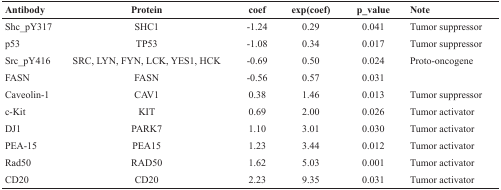
| Antibody | Protein | coef | exp(coef) | p_value | Note |
 | --- | --- | --- | --- | --- | --- |
 | Shc_pY317 | SHC1 | -1.24 | 0.29 | 0.041 | Tumor suppressor |
 | p53 | TP53 | -1.08 | 0.34 | 0.017 | Tumor suppressor |
 | Src_pY416 | SRC, LYN, FYN, LCK, YES1, HCK | -0.69 | 0.50 | 0.024 | Proto-oncogene |
 | FASN | FASN | -0.56 | 0.57 | 0.031 |  |
 | Caveolin-1 | CAV1 | 0.38 | 1.46 | 0.013 | Tumor suppressor |
 | c-Kit | KIT | 0.69 | 2.00 | 0.026 | Tumor activator |
 | DJ1 | PARK7 | 1.10 | 3.01 | 0.030 | Tumor activator |
 | PEA-15 | PEA15 | 1.23 | 3.44 | 0.012 | Tumor activator |
 | Rad50 | RAD50 | 1.62 | 5.03 | 0.001 | Tumor activator |
 | CD20 | CD20 | 2.23 | 9.35 | 0.031 | Tumor activator |